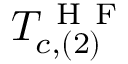
T _ { c , ( 2 ) } ^ { \mathrm { ~ H ~ F ~ } }